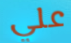
علي